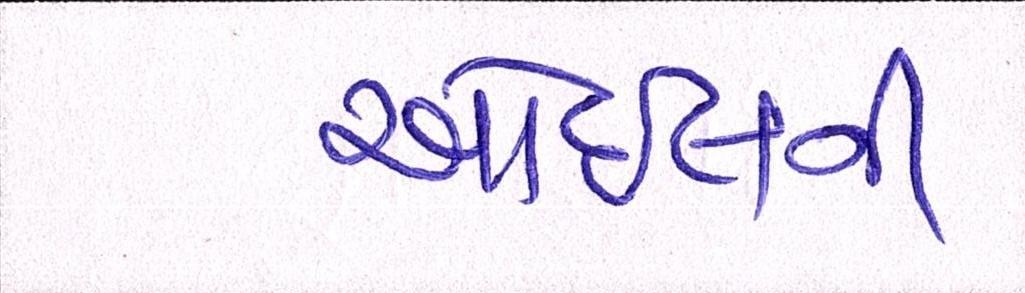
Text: ઓઈલની